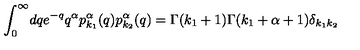
\int _ { 0 } ^ { \infty } \! d q e ^ { - q } q ^ { \alpha } p _ { k _ { 1 } } ^ { \alpha } ( q ) p _ { k _ { 2 } } ^ { \alpha } ( q ) = \Gamma ( k _ { 1 } + 1 ) \Gamma ( k _ { 1 } + \alpha + 1 ) \delta _ { k _ { 1 } k _ { 2 } }